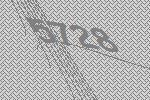
5728